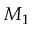
M _ { 1 }